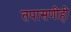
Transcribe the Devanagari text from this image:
तपासणीही